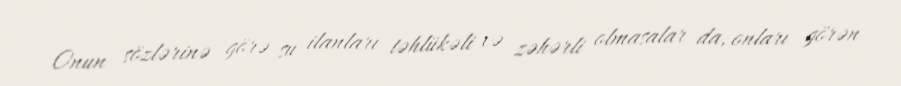
Onun sözlərinə görə su ilanları təhlükəli və zəhərli olmasalar da, onları görən